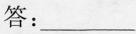
答:___